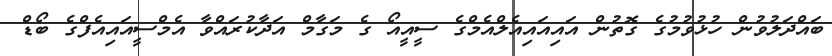
ބައްދަލުވުން ހުޅުވުމުގެ ގޮތުން އައިއައިއެލްއެމްގެ ސީއީއޯ ގެ މަގާމް އަދާކުރައްވާ އެމްސީއައިއެފްގެ ބޯޑް